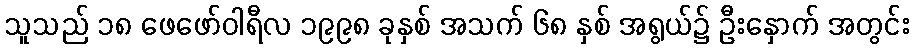
သူသည် ၁၈ ဖေဖော်ဝါရီလ ၁၉၉၈ ခုနှစ် အသက် ၆၈ နှစ် အရွယ်၌ ဦးနှောက် အတွင်း